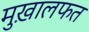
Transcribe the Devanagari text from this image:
मुख़ालफत